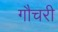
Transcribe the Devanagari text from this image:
गौचरी